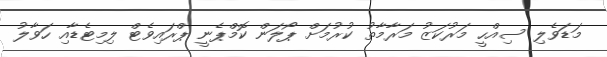
މަޑަވެލި ސިއްހީ މަރުކަޒު މަރާމާތު ކުރުމަށް ޕޯލަން ކޮމްޕެނީ ޕްރައިވެޓް ލިމިޓެޑާއި ހަވާލު